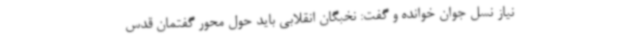
نیاز نسل جوان خوانده و گفت: نخبگان انقلابی باید حول محور گفتمان قدس